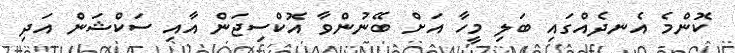
ކޮންމެ އެނދެއްގައި ބަލި މީހާ އަށް ބޭނުންވާ އޮކްސިޖަން އާއި ސަކްޝަން އަދި